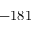
- 1 8 1